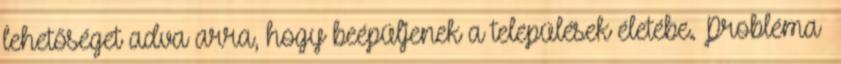
lehetőséget adva arra, hogy beépüljenek a települések életébe. Probléma